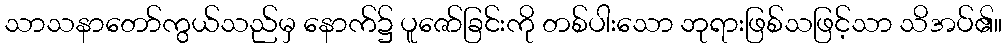
သာသနာတော်ကွယ်သည်မှ နောက်၌ ပူဇော်ခြင်းကို တစ်ပါးသော ဘုရားဖြစ်သဖြင့်သာ သိအပ်၏။